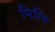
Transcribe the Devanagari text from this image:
मिम्पि